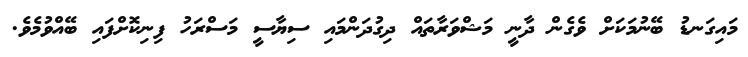
މައިގަނޑު ބޭނުމަކަށް ވެގެން ދާނީ މަޝްވަރާތައް ދިގުދަންމައި ސިޔާސީ މަސްރަހު ފިނިކޮށްފައި ބޭއްވުމެވެ.